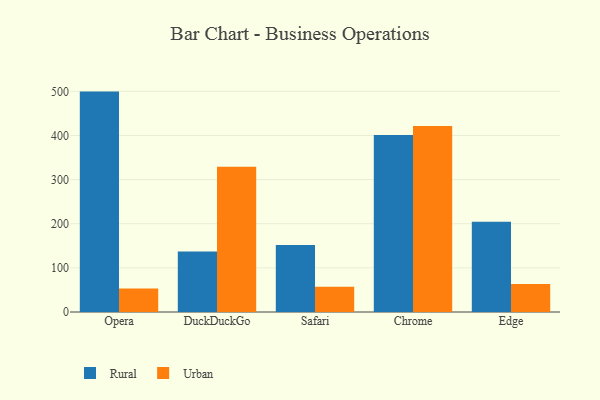
{"axis": {"x": "Browser", "y": "Waste Production (Tons)"}, "legend": ["Rural", "Urban"], "data": [{"x": "Opera", "y": 499.4, "type": "Rural"}, {"x": "Opera", "y": 53.5, "type": "Urban"}, {"x": "DuckDuckGo", "y": 137.1, "type": "Rural"}, {"x": "DuckDuckGo", "y": 328.9, "type": "Urban"}, {"x": "Safari", "y": 151.8, "type": "Rural"}, {"x": "Safari", "y": 57.1, "type": "Urban"}, {"x": "Chrome", "y": 400.9, "type": "Rural"}, {"x": "Chrome", "y": 421.6, "type": "Urban"}, {"x": "Edge", "y": 204.4, "type": "Rural"}, {"x": "Edge", "y": 63.3, "type": "Urban"}]}